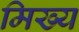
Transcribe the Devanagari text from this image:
मिख्य